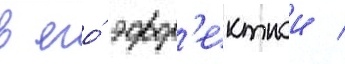
в его́ эфф'ектнои /